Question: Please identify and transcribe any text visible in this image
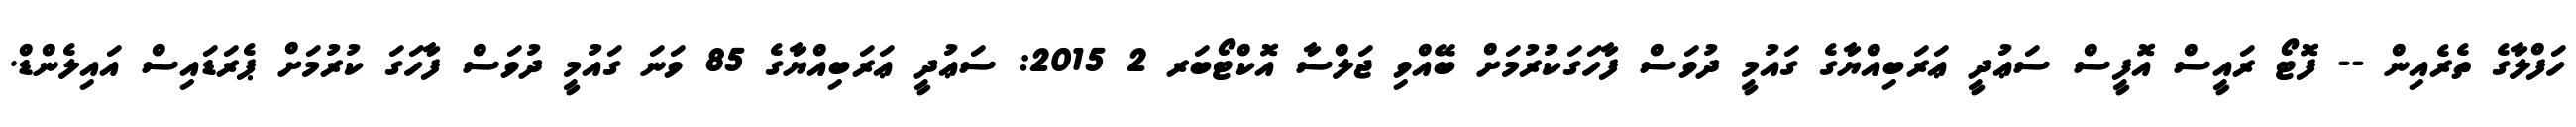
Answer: ހަފްލާގެ ތެރެއިން -- ފޮޓޯ ރައީސް އޮފީސް ސަޢުދީ ޢަރަބިއްޔާގެ ގައުމީ ދުވަސް ފާހަގަކުރުމަށް ބޭއްވި ޖަލްސާ އޮކްޓޯބަރ 2 2015: ސަޢުދީ ޢަރަބިއްޔާގެ 85 ވަނަ ގައުމީ ދުވަސް ފާހަގަ ކުރުމަށް ޕެރަޑައިސް އައިލެންޑް.